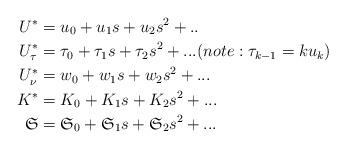
LaTeX: \begin{align*}U^{\ast} & =u_{0}+u_{1}s+u_{2}s^{2}+..\\U_{\tau}^{\ast} & =\tau_{0}+\tau_{1}s+\tau_{2}s^{2}+...(note:\tau_{k-1}=ku_{k})\\U_{\nu}^{\ast} & =w_{0}+w_{1}s+w_{2}s^{2}+...\\K^{\ast} & =K_{0}+K_{1}s+K_{2}s^{2}+...\\\mathfrak{S} & =\mathfrak{S}_{0}+\mathfrak{S}_{1}s+\mathfrak{S}_{2}s^{2}+...\end{align*}